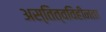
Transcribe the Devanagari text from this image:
अस्तित्वविहीनता